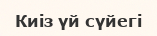
Киіз үй сүйегі